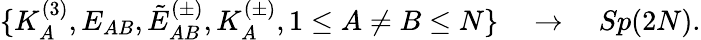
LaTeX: \{ K_{A}^{(3)},E_{AB},\tilde{E}_{AB}^{(\pm)},K_{A}^{(\pm)},1\le A\neq B\le N\} \quad\rightarrow\quad Sp(2N).